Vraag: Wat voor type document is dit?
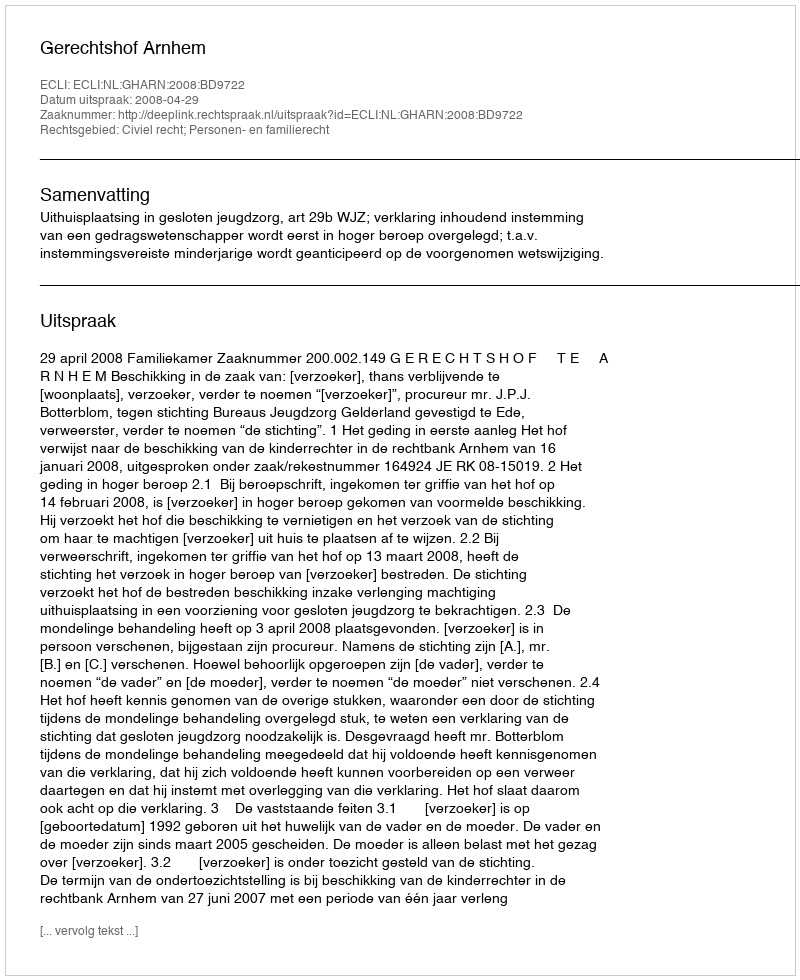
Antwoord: Uitspraak